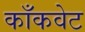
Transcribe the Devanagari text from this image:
काँकवेट